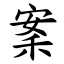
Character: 䅁